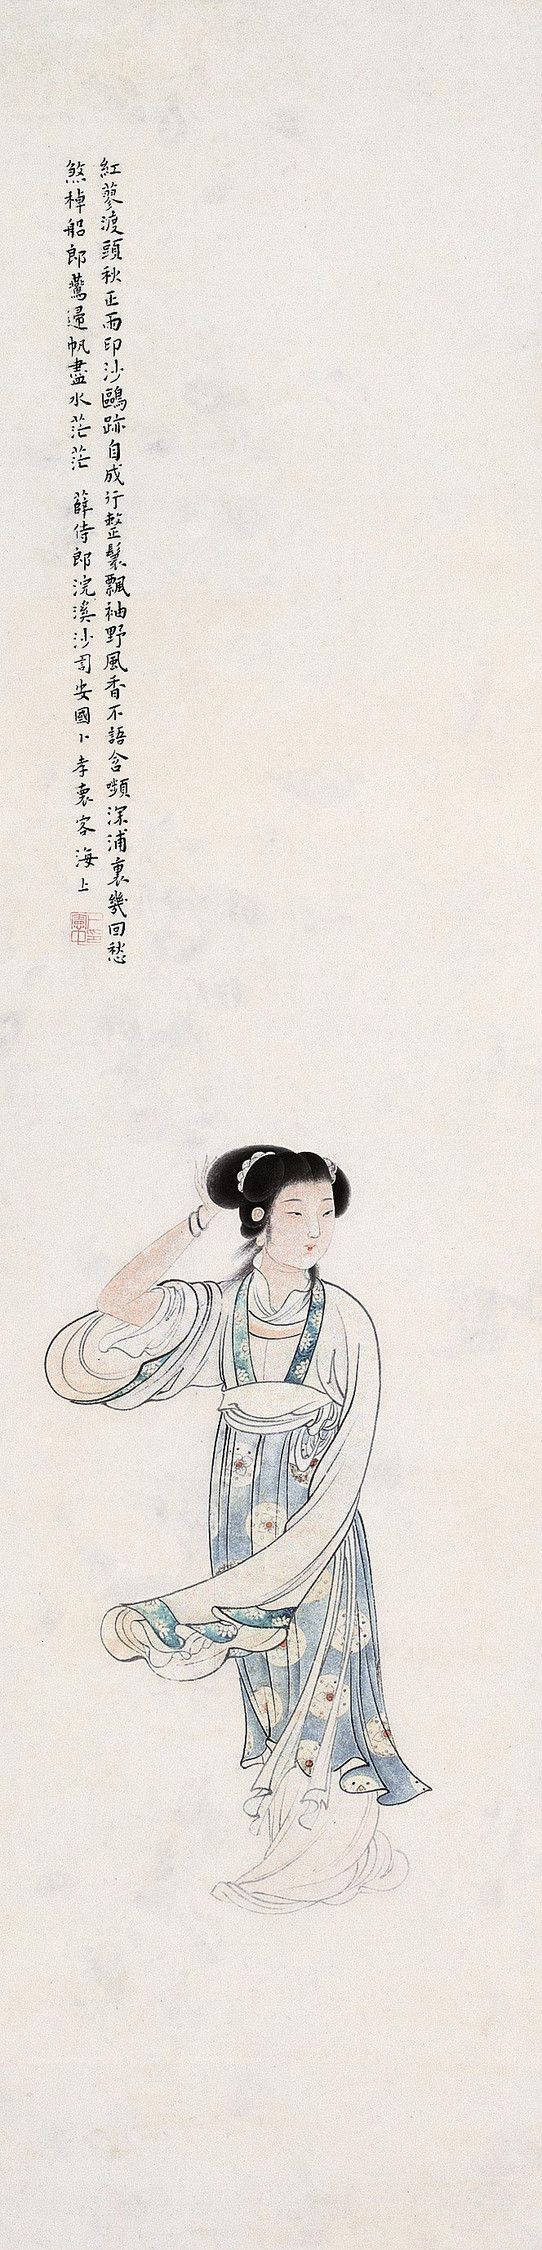
不语含嚬深浦里，几回愁煞棹船郎，燕归帆尽水茫茫。